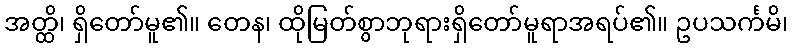
အတ္ထိ၊ ရှိတော်မူ၏။ တေန၊ ထိုမြတ်စွာဘုရားရှိတော်မူရာအရပ်၏။ ဥပသင်္ကမိ၊